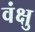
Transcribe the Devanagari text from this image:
वंक्षु